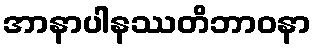
အာနာပါနဿတိဘာဝနာ